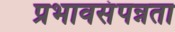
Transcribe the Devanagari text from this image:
प्रभावसंपन्नता